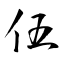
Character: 伍